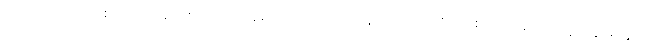
တကယ်တော့ တစ်ယောက်နဲ့တစ်ယောက် ချစ်ကြ၊ ခင်ကြ၊ ကြင်နာကြတယ်ဆိုတာ စိတ်ထားတတ်သူတွေအတွက်